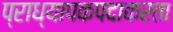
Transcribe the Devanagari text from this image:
प्राध्यापकपदाकरता